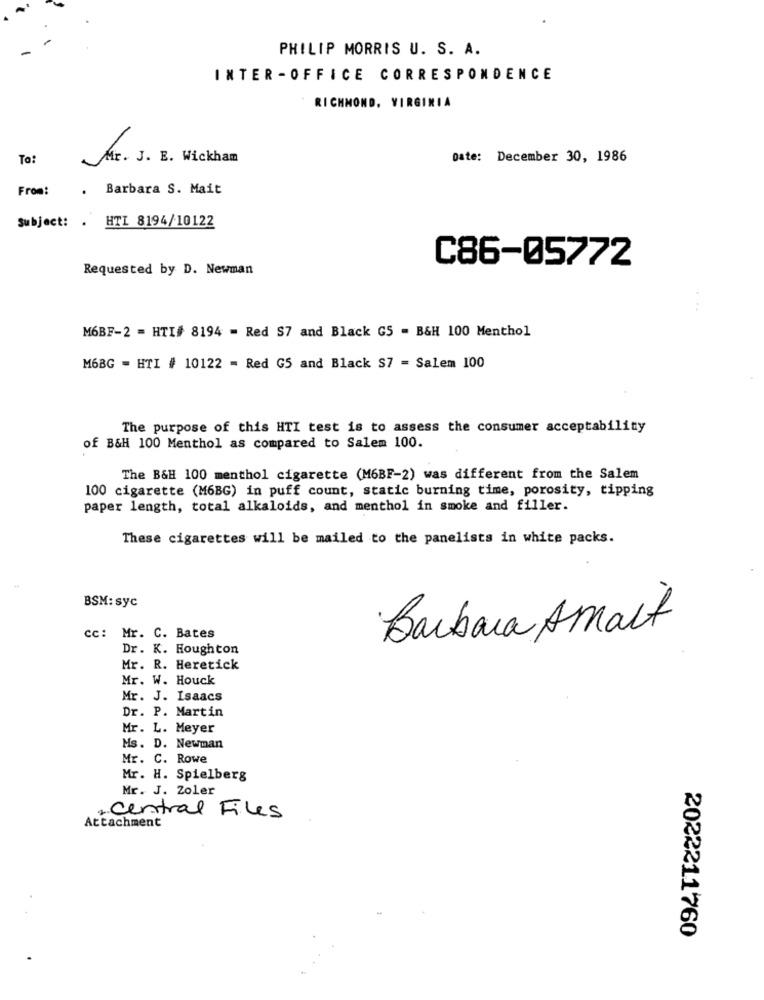
PHILIP MORRIS U. S. A.
INTER -OFFICE CORRESPONDENCE
RICHMOND, VIRGINIA
To:
Mr. J. B. Wickham
Date: December 30, 1986
From:
. Barbara S. Mait
Subject: . HTI 8194/10122
C86-05772
Requested by D. Newman
...
M6BF-2 = HTI# 8194 = Red S7 and Black GS = B&H 100 Menthol
M6BG = HTI # 10122 = Red G5 and Black S7 = Salem 100
The purpose of this HTI test is to assess the consumer acceptability
of B&H 100 Menthol as compared to Salem 100.
The B&H 100 menthol cigarette (M6BF-2) was different from the Salem
100 cigarette (M6BG) in puff count, static burning time, porosity, tipping
paper length, total alkaloids, and menthol in smoke and filler.
These cigarettes will be mailed to the panelists in white packs.
BSM: syc
Barbara Amait
cc: Mr. C. Bates
Dr. K. Houghton
Mr. R. Heretick
Mr. W. Houck
Mr. J. Isaacs
Dr. P. Martin
Mr. L. Meyer
Ms. D. Newman
Mr. C. Rowe
Mr. H. Spielberg
Mr. J. Zoler
2. Central Files
Attachment
2022211760